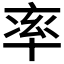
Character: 率